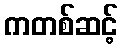
ကတစ်ဆင့်